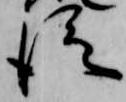
従